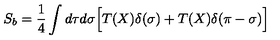
S _ { b } = \frac { 1 } { 4 } \int d \tau d \sigma \Bigl [ T ( X ) \delta ( \sigma ) + T ( X ) \delta ( \pi - \sigma ) \Bigr ] \quad